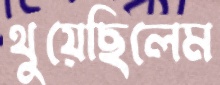
থুয়েছিলেম